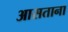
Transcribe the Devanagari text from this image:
आसताना